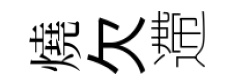
燒欠遰